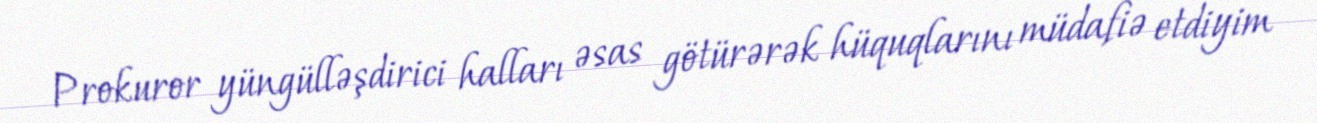
Prokuror yüngülləşdirici halları əsas götürərək hüquqlarını müdafiə etdiyim